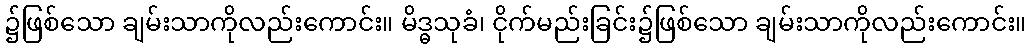
၌ဖြစ်သော ချမ်းသာကိုလည်းကောင်း။ မိဒ္ဓသုခံ၊ ငိုက်မည်းခြင်း၌ဖြစ်သော ချမ်းသာကိုလည်းကောင်း။